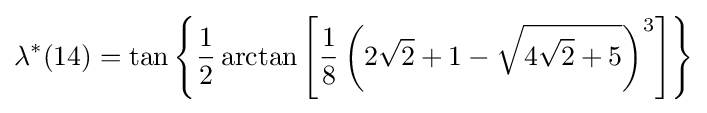
\lambda ^{*}(14)=\tan \left\{{\frac {1}{2}}\arctan \left[{\frac {1}{8}}\left(2{\sqrt {2}}+1-{\sqrt {4{\sqrt {2}}+5}}\right)^{3}\right]\right\}